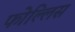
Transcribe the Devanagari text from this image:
फोल्लिस